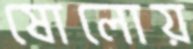
ষোলোয়